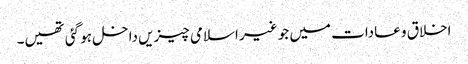
اخلاق و عادات میں جو غیر اسلامی چیزیں داخل ہو گئی تھیں۔